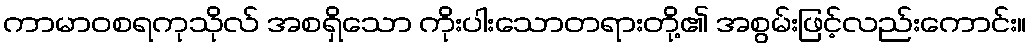
ကာမာဝစရကုသိုလ် အစရှိသော ကိုးပါးသောတရားတို့၏ အစွမ်းဖြင့်လည်းကောင်း။